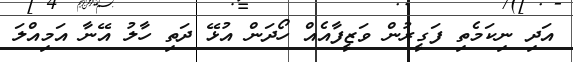
އަދި ނިކަމެތި ފަގީރުން ވަޒީފާއެއް ހޯދަން އުޅޭ ދަތި ހާލު އޭނާ އަމިއްލަ